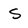
Character: S